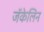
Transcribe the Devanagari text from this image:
जॅकेलिन